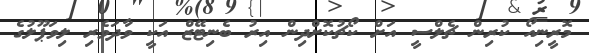
މޮރީނިއޯ ކުރިން ޗެލްސީ އަށް ކޯޗުކޮށްދިން އިރު ބެނިޓޭޒް އަކީ ވާދަވެރި ލިވަޕޫލުގެ